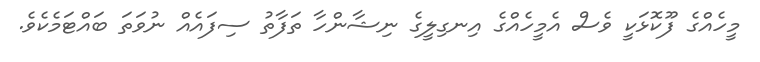
މީހެއްގެ ފޫކޮޅަކީ ވެސް އެމީހެއްގެ އިނގިލީގެ ނިޝާންހާ ތަފާތު ސިފައެއް ނުވަތަ ބައްޓަމެކެވެ.